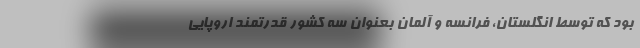
بود كه توسط انگلستان، فرانسه و آلمان بعنوان سه کشور قدرتمند اروپايي